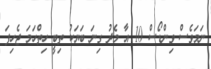
ނަމަވެސް ވިންޑޯސް 10 އާ މެދު ގިނަ ބަޔަކު ތިބީ ހިތްހަމަ ޖެހިފަ